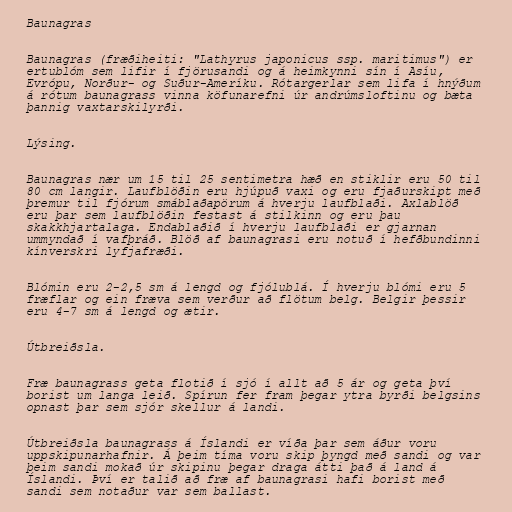
Baunagras

Baunagras (fræðiheiti: "Lathyrus japonicus ssp. maritimus") er
ertublóm sem lifir í fjörusandi og á heimkynni sín í Asíu,
Evrópu, Norður- og Suður-Ameríku. Rótargerlar sem lifa í hnýðum
á rótum baunagrass vinna köfunarefni úr andrúmsloftinu og bæta
þannig vaxtarskilyrði.

Lýsing.

Baunagras nær um 15 til 25 sentimetra hæð en stiklir eru 50 til
80 cm langir. Laufblöðin eru hjúpuð vaxi og eru fjaðurskipt með
þremur til fjórum smáblaðapörum á hverju laufblaði. Axlablöð
eru þar sem laufblöðin festast á stilkinn og eru þau
skakkhjartalaga. Endablaðið í hverju laufblaði er gjarnan
ummyndað í vafþráð. Blöð af baunagrasi eru notuð í hefðbundinni
kínverskri lyfjafræði.

Blómin eru 2-2,5 sm á lengd og fjólublá. Í hverju blómi eru 5
fræflar og ein fræva sem verður að flötum belg. Belgir þessir
eru 4-7 sm á lengd og ætir.

Útbreiðsla.

Fræ baunagrass geta flotið í sjó í allt að 5 ár og geta því
borist um langa leið. Spírun fer fram þegar ytra byrði belgsins
opnast þar sem sjór skellur á landi.

Útbreiðsla baunagrass á Íslandi er víða þar sem áður voru
uppskipunarhafnir. Á þeim tíma voru skip þyngd með sandi og var
þeim sandi mokað úr skipinu þegar draga átti það á land á
Íslandi. Því er talið að fræ af baunagrasi hafi borist með
sandi sem notaður var sem ballast.